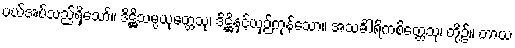
ပယ်အပ်သည်ရှိသော်။ ဒိဋ္ဌိသမ္ပယုတ္တေသု၊ ဒိဋ္ဌိနှင့်ယှဉ်ကုန်သော။ အသင်္ခါရိကစိတ္တေသု၊ တို့၌။ တာယ